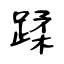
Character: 蹂